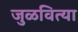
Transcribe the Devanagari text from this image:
जुळवित्या